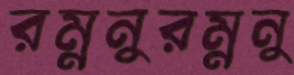
রম্ননুরম্ননু